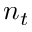
n _ { t }